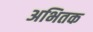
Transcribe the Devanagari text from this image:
अभितक